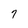
Character: 7